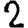
Digit: 2